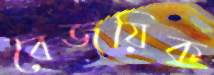
বৈজয়িক